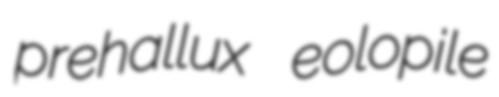
prehallux eolopile